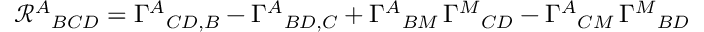
\mathcal { R } ^ { A } { } _ { B C D } = \Gamma ^ { A } { } _ { C D , B } - \Gamma ^ { A } { } _ { B D , C } + \Gamma ^ { A } { } _ { B M } \, \Gamma ^ { M } { } _ { C D } - \Gamma ^ { A } { } _ { C M } \, \Gamma ^ { M } { } _ { B D }